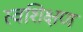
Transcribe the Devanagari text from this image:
स्वशिक्षण